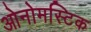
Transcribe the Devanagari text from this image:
ओनोमस्टिक